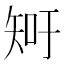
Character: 𥎿